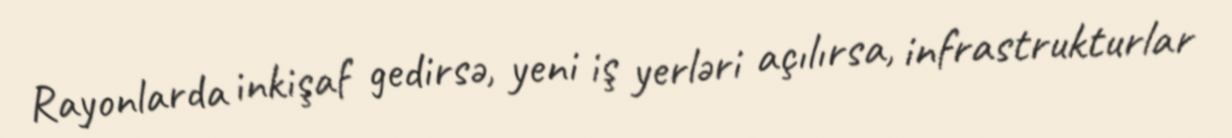
Rayonlarda inkişaf gedirsə, yeni iş yerləri açılırsa, infrastrukturlar